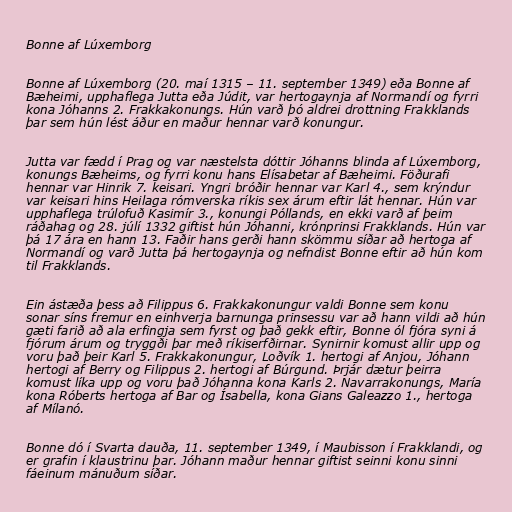
Bonne af Lúxemborg

Bonne af Lúxemborg (20. maí 1315 – 11. september 1349) eða Bonne af
Bæheimi, upphaflega Jutta eða Júdit, var hertogaynja af Normandí og fyrri
kona Jóhanns 2. Frakkakonungs. Hún varð þó aldrei drottning Frakklands
þar sem hún lést áður en maður hennar varð konungur.

Jutta var fædd í Prag og var næstelsta dóttir Jóhanns blinda af Lúxemborg,
konungs Bæheims, og fyrri konu hans Elísabetar af Bæheimi. Föðurafi
hennar var Hinrik 7. keisari. Yngri bróðir hennar var Karl 4., sem krýndur
var keisari hins Heilaga rómverska ríkis sex árum eftir lát hennar. Hún var
upphaflega trúlofuð Kasimír 3., konungi Póllands, en ekki varð af þeim
ráðahag og 28. júlí 1332 giftist hún Jóhanni, krónprinsi Frakklands. Hún var
þá 17 ára en hann 13. Faðir hans gerði hann skömmu síðar að hertoga af
Normandí og varð Jutta þá hertogaynja og nefndist Bonne eftir að hún kom
til Frakklands.

Ein ástæða þess að Filippus 6. Frakkakonungur valdi Bonne sem konu
sonar síns fremur en einhverja barnunga prinsessu var að hann vildi að hún
gæti farið að ala erfingja sem fyrst og það gekk eftir, Bonne ól fjóra syni á
fjórum árum og tryggði þar með ríkiserfðirnar. Synirnir komust allir upp og
voru það þeir Karl 5. Frakkakonungur, Loðvík 1. hertogi af Anjou, Jóhann
hertogi af Berry og Filippus 2. hertogi af Búrgund. Þrjár dætur þeirra
komust líka upp og voru það Jóhanna kona Karls 2. Navarrakonungs, María
kona Róberts hertoga af Bar og Ísabella, kona Gians Galeazzo 1., hertoga
af Mílanó.

Bonne dó í Svarta dauða, 11. september 1349, í Maubisson í Frakklandi, og
er grafin í klaustrinu þar. Jóhann maður hennar giftist seinni konu sinni
fáeinum mánuðum síðar.